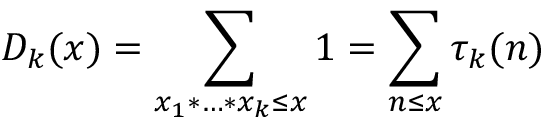
D _ { k } ( x ) = \sum _ { x _ { 1 } * \ldots * x _ { k } \leq x } 1 = \sum _ { n \leq x } \tau _ { k } ( n )